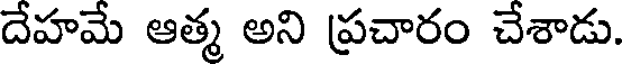
దేహమే ఆత్మ అని ప్రచారం చేశాడు.